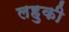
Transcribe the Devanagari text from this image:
लहुकी